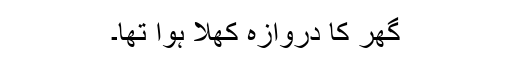
گھر کا دروازہ کھلا ہوا تھا۔